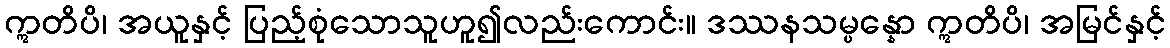
ဣတိပိ၊ အယူနှင့် ပြည့်စုံသောသူဟူ၍လည်းကောင်း။ ဒဿနသမ္ပန္နော ဣတိပိ၊ အမြင်နှင့်